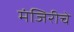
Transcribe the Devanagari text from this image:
मंजिरीचे